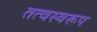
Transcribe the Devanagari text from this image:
तत्वस्वरूप